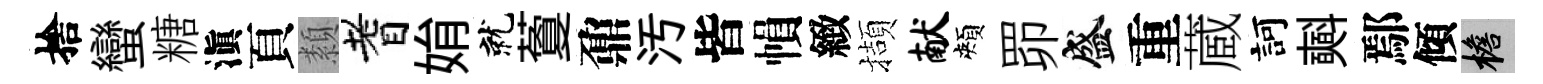
捨蠻糖滇頁纇耆姢就藑鼐汚皆𢄙緻擷献頰𦊑盛重蔵訶𣂏鄢傾檐